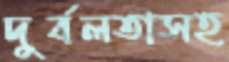
দুর্বলতাসহ